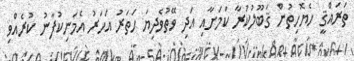
ތަރައްޤީ ހެޔޮހިތުން ޤަބޫލުކުރާ ކަމަށާއި އަދި ވޭތުވެދިޔަ ހަތަރު އަހަރު އެމަނިކުފާނު ކުރެއްވި